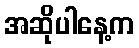
အဆိုပါနေ့က